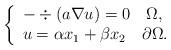
LaTeX: \begin{align*}\left\{ \begin{array}{l}-\div(a\nabla u)=0\quad\Omega,\\u=\alpha x_{1}+\beta x_{2}\quad\partial\Omega.\end{array}\right.\end{align*}